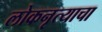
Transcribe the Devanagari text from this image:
लोकनृत्याचा